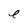
Character: e